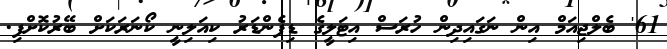
61' ބެލްޖިއަމް އިން ނަގައިދިން ހުރަސް އިޓަލީގެ ޑިފެންޑަރު ކިއަލިނީ ކޯނަރަކަށް ބޭރުކޮށްފި.